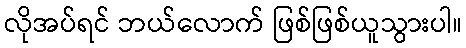
လိုအပ်ရင် ဘယ်လောက် ဖြစ်ဖြစ်ယူသွားပါ။